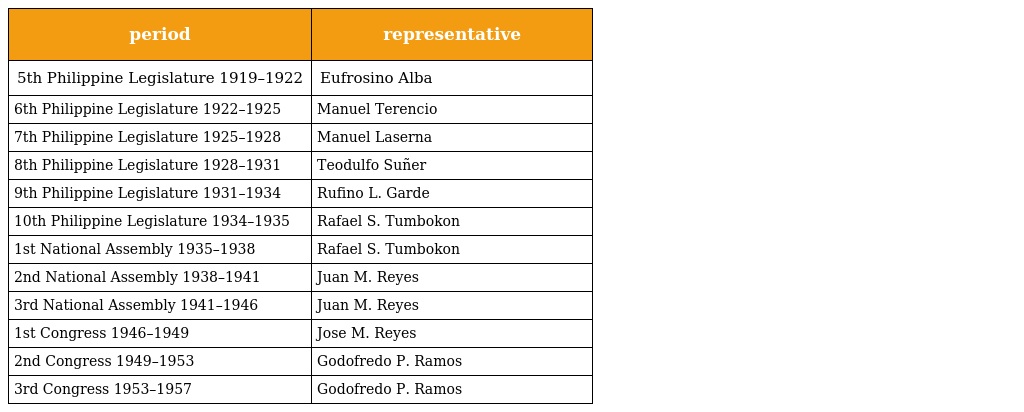
| period | representative |
 | --- | --- |
 | 5th Philippine Legislature 1919–1922 | Eufrosino Alba |
 | 6th Philippine Legislature 1922–1925 | Manuel Terencio |
 | 7th Philippine Legislature 1925–1928 | Manuel Laserna |
 | 8th Philippine Legislature 1928–1931 | Teodulfo Suñer |
 | 9th Philippine Legislature 1931–1934 | Rufino L. Garde |
 | 10th Philippine Legislature 1934–1935 | Rafael S. Tumbokon |
 | 1st National Assembly 1935–1938 | Rafael S. Tumbokon |
 | 2nd National Assembly 1938–1941 | Juan M. Reyes |
 | 3rd National Assembly 1941–1946 | Juan M. Reyes |
 | 1st Congress 1946–1949 | Jose M. Reyes |
 | 2nd Congress 1949–1953 | Godofredo P. Ramos |
 | 3rd Congress 1953–1957 | Godofredo P. Ramos |